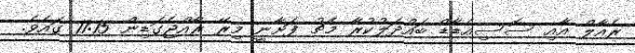
ރެއާލް އާއި ސޮސިއެޑާޑް ބައްދަލުކުރާ މެޗު ފަށާނީ މިރޭ ރާއްޖެގަޑިން 11:15 ގައެވެ.